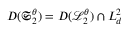
D ( \mathfrak { S } _ { 2 } ^ { \theta } ) = D ( \mathcal { L } _ { 2 } ^ { \theta } ) \cap L _ { d } ^ { 2 }